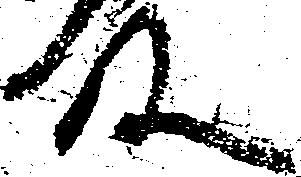
殿